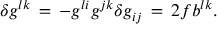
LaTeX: \delta g ^ { l k } \, = \, - g ^ { l i } g ^ { j k } \delta g _ { i j } \, = \, 2 f b ^ { l k } .